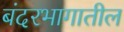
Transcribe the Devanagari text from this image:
बंदरभागातील